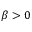
\beta > 0